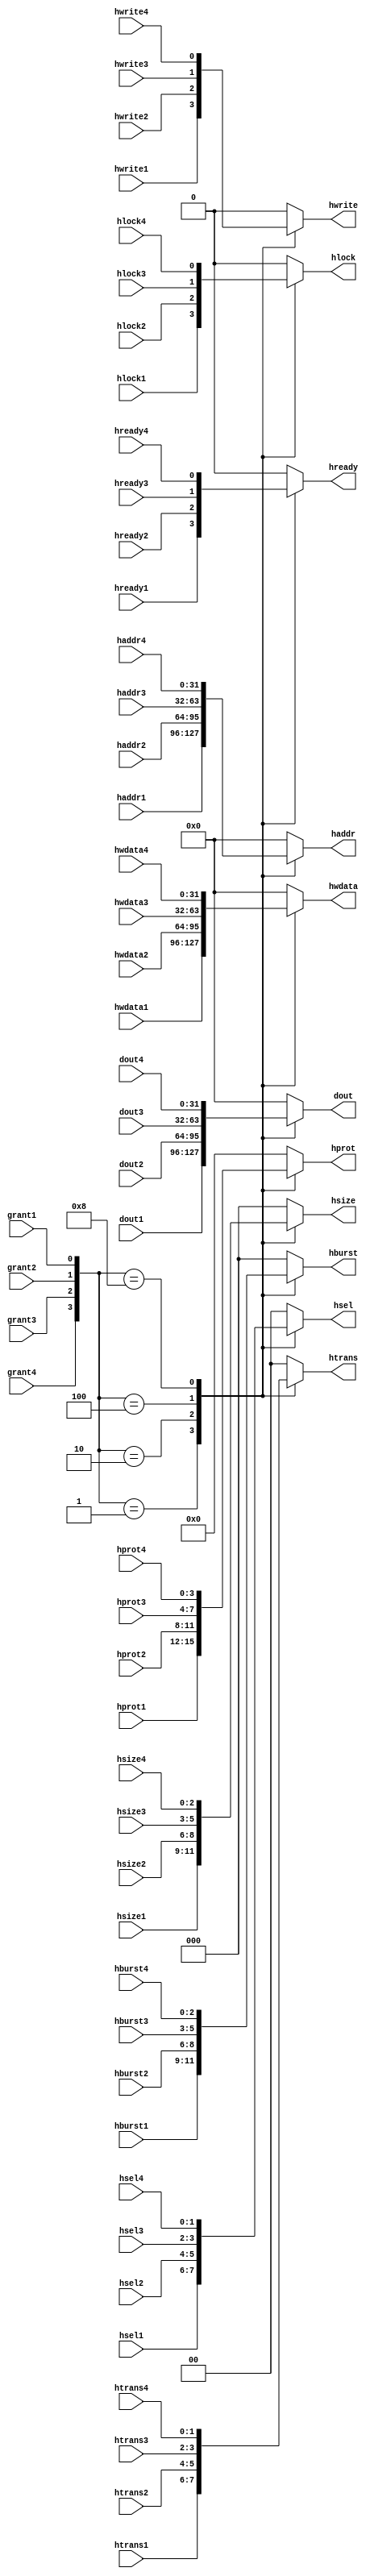
`timescale 1ns / 1ps



module Master_Multiplexor(

    grant1,
    grant2,
    grant3,
    grant4,
    
    haddr1,
    haddr2,
    haddr3,
    haddr4,
    
    hwrite1,
    hwrite2,
    hwrite3,
    hwrite4,
    
    hsize1,
    hsize2,
    hsize3,
    hsize4,
    
    hburst1,
    hburst2,
    hburst3,
    hburst4,
    
    hprot1,
    hprot2,
    hprot3,
    hprot4,
    
    htrans1,
    htrans2,
    htrans3,
    htrans4,
    
    hlock1,
    hlock2,
    hlock3,
    hlock4,
    
    hready1,
    hready2,
    hready3,
    hready4,
    
    hwdata1,
    hwdata2,
    hwdata3,
    hwdata4,
    
    dout1,
    dout2,
    dout3,
    dout4,
    
    hsel1,
    hsel2,
    hsel3,
    hsel4,
    
    haddr,
    hwrite,
    hsize,
    hburst,
    hprot,
    htrans,
    hlock,
    hready,
    hwdata,
    dout,
    hsel
     
);

    parameter ADDR_WIDTH = 32;
    parameter DATA_WIDTH = 32;
    parameter SLAVES_NUM = 4; 
    
    input grant1 , grant2 , grant3 , grant4;
    input [ADDR_WIDTH-1 : 0] haddr1 , haddr2 , haddr3 , haddr4;
    input hwrite1 , hwrite2 , hwrite3 , hwrite4;
    input wire [2 : 0] hsize1 , hsize2 , hsize3 , hsize4;
    input wire [2 : 0] hburst1 , hburst2 , hburst3 , hburst4;
    input wire [3 : 0] hprot1 , hprot2 , hprot3 , hprot4;
    input wire [1 : 0] htrans1 , htrans2 , htrans3 , htrans4;
    input wire hlock1 , hlock2 , hlock3 , hlock4;
    input wire hready1 , hready2 , hready3 , hready4;
    input wire [DATA_WIDTH-1 : 0] hwdata1 , hwdata2 , hwdata3 , hwdata4;
    input wire [DATA_WIDTH-1 : 0] dout1 , dout2 , dout3 , dout4;
    input wire [$clog2(SLAVES_NUM)-1 : 0] hsel1 , hsel2 , hsel3 , hsel4;
    
    output reg [ADDR_WIDTH-1 : 0] haddr;
    output reg hwrite;
    output reg [2 : 0] hsize;
    output reg [2 : 0] hburst;
    output reg [3 : 0] hprot;
    output reg [1 : 0] htrans;
    output reg hlock;
    output reg hready;
    output reg [DATA_WIDTH-1 : 0] hwdata;
    output reg [DATA_WIDTH-1 : 0] dout;
    output reg [$clog2(SLAVES_NUM)-1 : 0] hsel;
    
    always@(*)
    begin
    
        case({grant4 , grant3 , grant2 , grant1})
        
            4'd1: begin
            
                haddr  = haddr1;
                hwrite = hwrite1;
                hsize  = hsize1;
                hburst = hburst1;
                hprot  = hprot1;
                htrans = htrans1;
                hlock  = hlock1;
                hready = hready1;
                hwdata = hwdata1;
                dout   = dout1;
                hsel   = hsel1;
            
            end
            
            4'd2: begin
            
                haddr  = haddr2;
                hwrite = hwrite2;
                hsize  = hsize2;
                hburst = hburst2;
                hprot  = hprot2;
                htrans = htrans2;
                hlock  = hlock2;
                hready = hready2;
                hwdata = hwdata2;
                dout   = dout2;
                hsel   = hsel2;
                
            end
        
            4'd4: begin
            
                haddr  = haddr3;
                hwrite = hwrite3;
                hsize  = hsize3;
                hburst = hburst3;
                hprot  = hprot3;
                htrans = htrans3;
                hlock  = hlock3;
                hready = hready3;
                hwdata = hwdata3;
                dout   = dout3;
                hsel   = hsel3;
            
            end
            
            4'd8: begin
            
                haddr  = haddr4;
                hwrite = hwrite4;
                hsize  = hsize4;
                hburst = hburst4;
                hprot  = hprot4;
                htrans = htrans4;
                hlock  = hlock4;
                hready = hready4;
                hwdata = hwdata4;
                dout   = dout4;
                hsel   = hsel4;
                
            end
            
            default: begin
            
                haddr  = 0;
                hwrite = 0;
                hsize  = 0;
                hburst = 0;
                hprot  = 0;
                htrans = 0;
                hlock  = 0;
                hready = 0;
                hwdata = 0;
                dout   = 0;
                hsel   = 0;
                
            end
        
        endcase
    
    end
    
endmodule